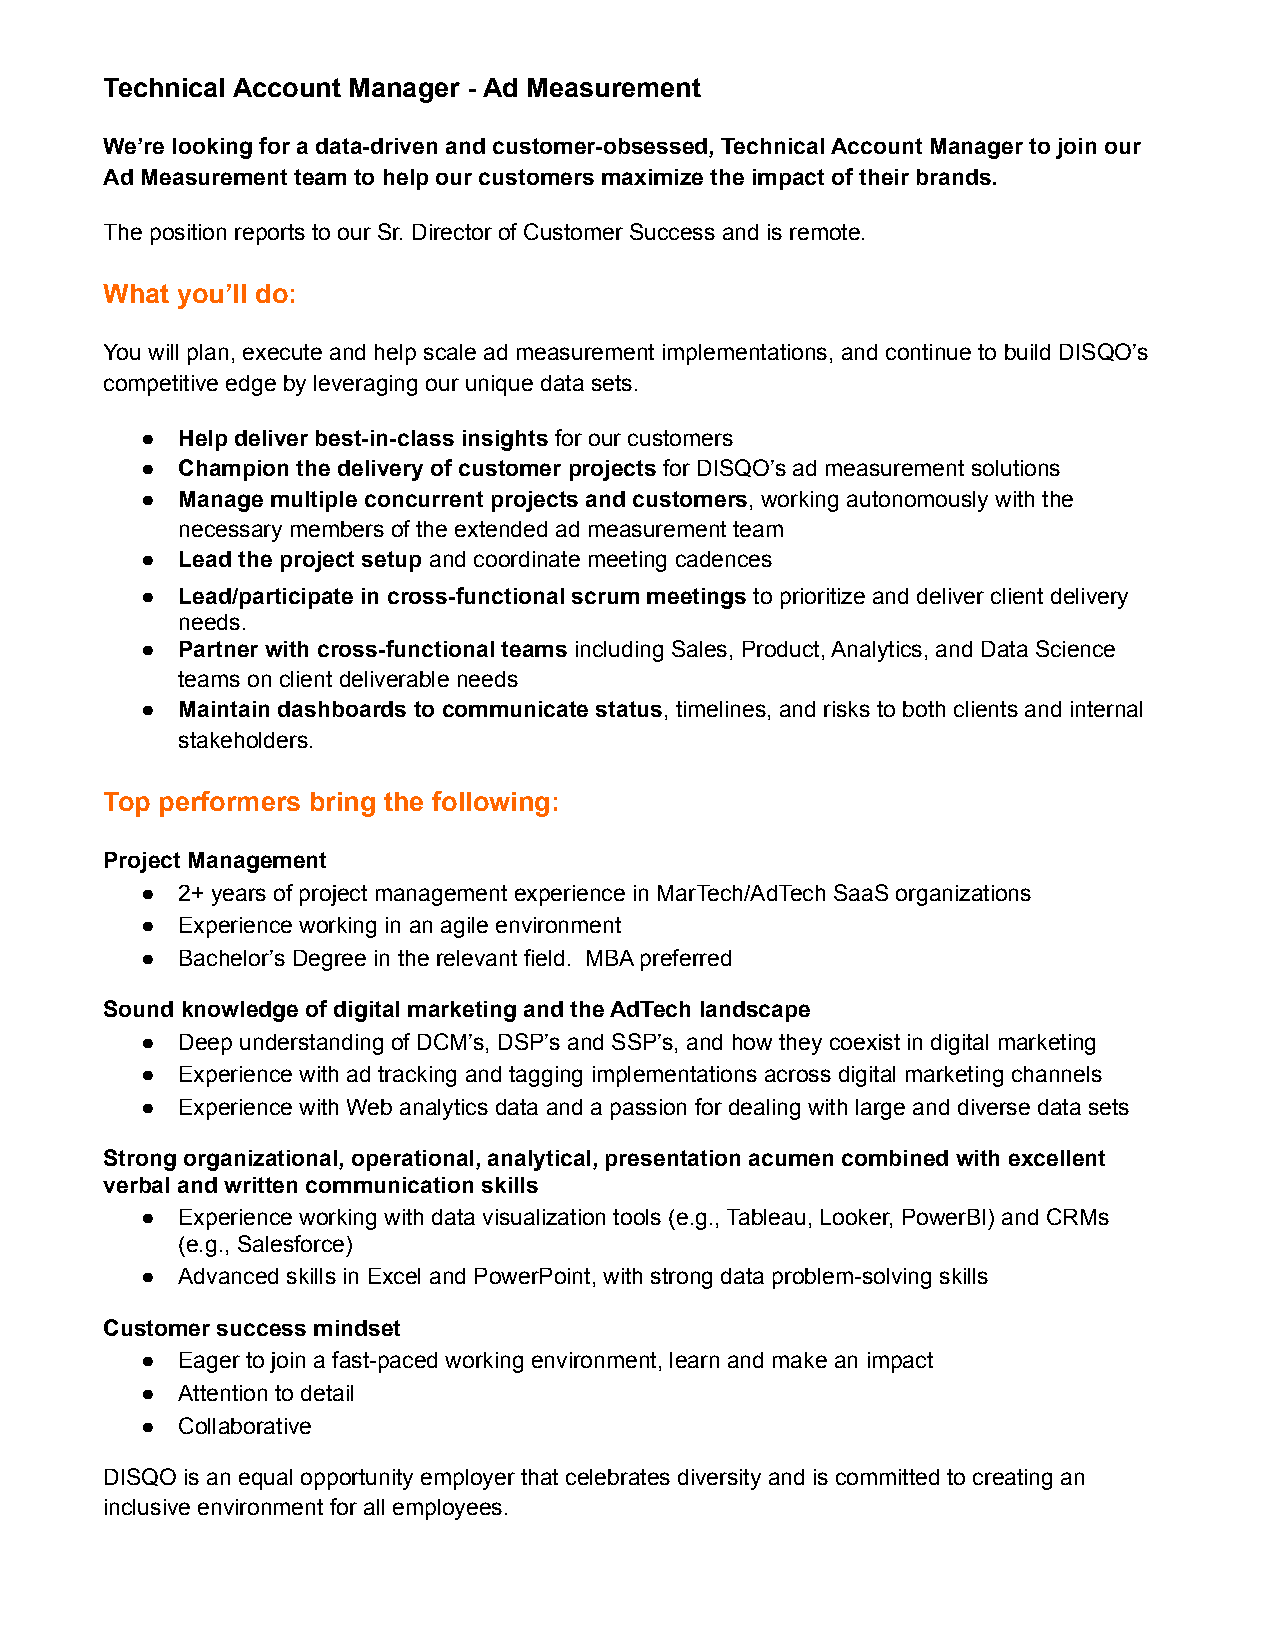
Technical Account Manager - Ad Measurement
 We’re looking for a data-driven and customer-obsessed, Technical Account Manager to join our
 Ad Measurement team to help our customers maximize the impact of their brands.
 The position reports to our Sr. Director of Customer Success and is remote.
 What you’ll do:
 You will plan, execute and help scale ad measurement implementations, and continue to build DISQO’s
 competitive edge by leveraging our unique data sets.
 ●  Help deliver best-in-class insights for our customers
 ●  Champion the delivery of customer projects for DISQO’s ad measurement solutions
 ●  Manage multiple concurrent projects and customers, working autonomously with the
 necessary members of the extended ad measurement team
 ●  Lead the project setup and coordinate meeting cadences
 ●  Lead/participate in cross-functional scrum meetings to prioritize and deliver client delivery
 needs.
 ●  Partner with cross-functional teams including Sales, Product, Analytics, and Data Science
 teams on client deliverable needs
 ●  Maintain dashboards to communicate status, timelines, and risks to both clients and internal
 stakeholders.
 Top performers bring the following:
 Project Management
 ●  2+ years of project management experience in MarTech/AdTech SaaS organizations
 ●  Experience working in an agile environment
 ●  Bachelor’s Degree in the relevant field. MBA preferred
 Sound knowledge of digital marketing and the AdTech landscape
 ●  Deep understanding of DCM’s, DSP’s and SSP’s, and how they coexist in digital marketing
 ●  Experience with ad tracking and tagging implementations across digital marketing channels
 ●  Experience with Web analytics data and a passion for dealing with large and diverse data sets
 Strong organizational, operational, analytical, presentation acumen combined with excellent
 verbal and written communication skills
 ●  Experience working with data visualization tools (e.g., Tableau, Looker, PowerBI) and CRMs
 (e.g., Salesforce)
 ●  Advanced skills in Excel and PowerPoint, with strong data problem-solving skills
 Customer success mindset
 ●  Eager to join a fast-paced working environment, learn and make an impact
 ●  Attention to detail
 ●  Collaborative
 DISQO is an equal opportunity employer that celebrates diversity and is committed to creating an
 inclusive environment for all employees.